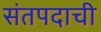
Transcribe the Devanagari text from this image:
संतपदाची